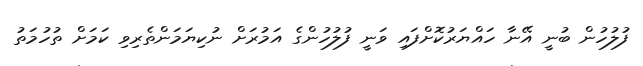
ފުލުހުން ބުނީ އޭނާ ހައްޔަރުކޮށްފައި ވަނީ ފުލުހުންގެ އަމުރަށް ނުކިޔަމަންތެރިވި ކަމަށް ތުހުމަތު